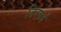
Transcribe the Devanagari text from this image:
तिल्लई